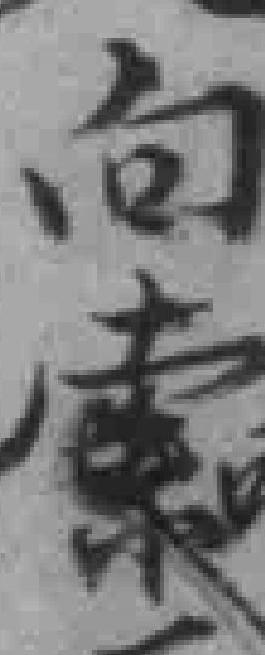
向索